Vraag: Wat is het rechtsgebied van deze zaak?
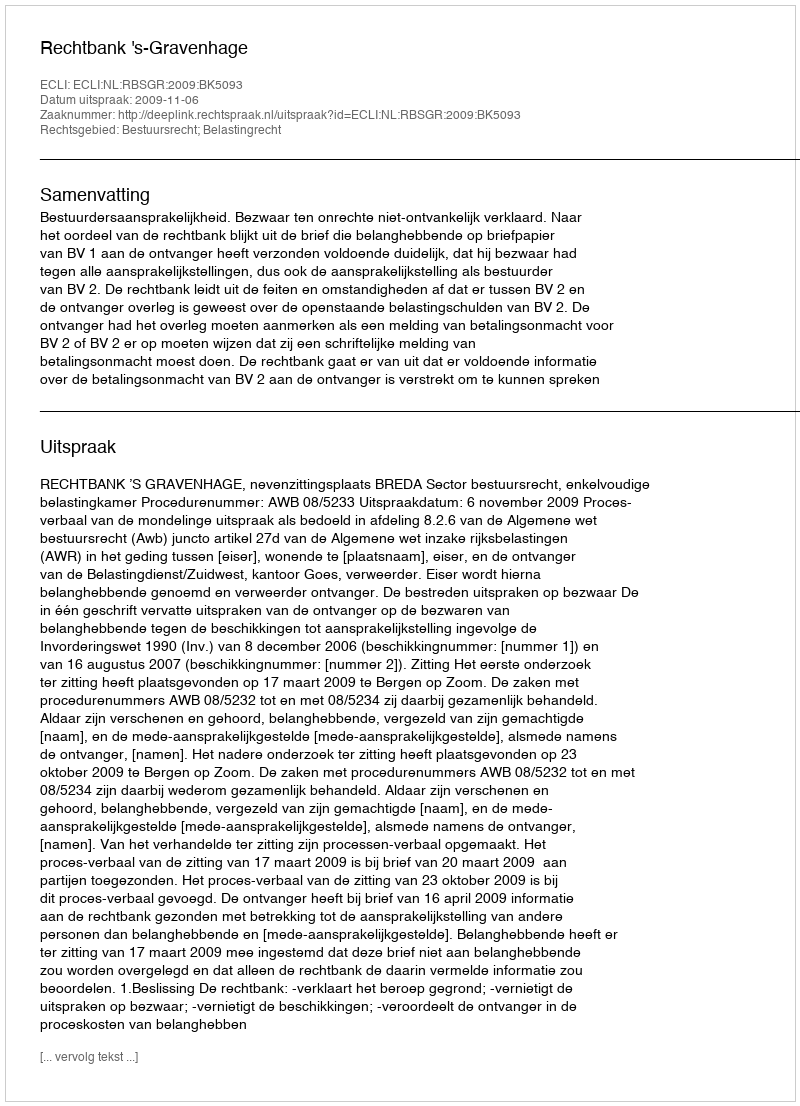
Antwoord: Bestuursrecht; Belastingrecht